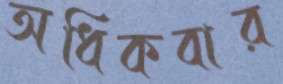
অধিকবার